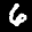
Label: 6